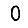
Digit: 0